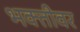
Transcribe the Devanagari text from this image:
भक्तीवर